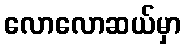
လောလောဆယ်မှာ